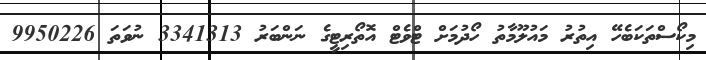
މިކޯސްތަކަބެހޭ އިތުރު މައުލޫމާތު ހޯދުމަށް ޓްވެޓް އޮތޯރިޓީގެ ނަންބަރު 3341313 ނުވަތަ 9950226